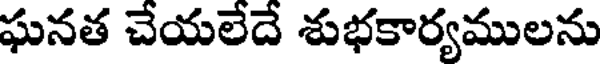
ఘనత చేయలేదే శుభకార్యములను